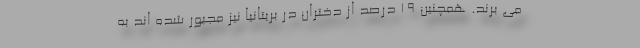
می برند. همچنین 19 درصد از دختران در بریتانیا نیز مجبور شده اند به